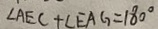
\angle A E C + \angle E A G = 1 8 0 ^ { \circ }